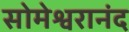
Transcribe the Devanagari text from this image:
सोमेश्वरानंद